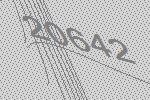
20642